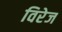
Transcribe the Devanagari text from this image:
विरेज